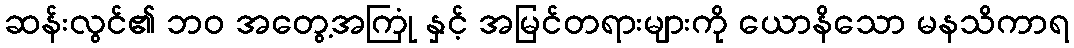
ဆန်းလွင်၏ ဘဝ အတွေ့အကြုံ နှင့် အမြင်တရားများကို ယောနိသော မနသိကာရ